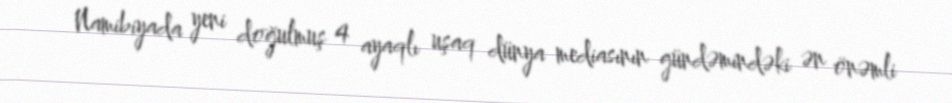
Namibiyada yeni doğulmuş 4 ayaqlı uşaq dünya mediasının gündəmindəki ən önəmli